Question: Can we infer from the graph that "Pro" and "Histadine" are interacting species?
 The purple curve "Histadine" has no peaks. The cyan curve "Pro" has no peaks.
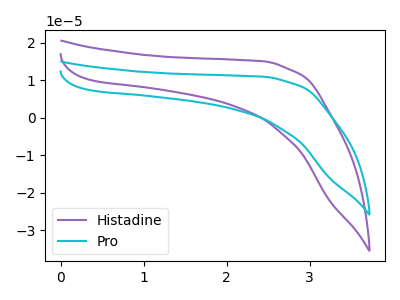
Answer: <think>Neither "Pro" or "Histadine" have any peaks.
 </think>
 <answer>No, "Pro" and "Histadine" don't appear to be significantly different in shape</answer>
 <eval>no_change</eval>